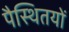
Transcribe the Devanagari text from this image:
पैस्थितयों